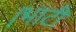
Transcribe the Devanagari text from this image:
।भाटी